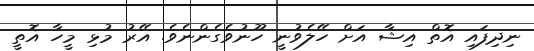
ނިދިފައި އޮތް އިޝާ އަށް ހޭލެވުނީ ހޫނުވެގެންނެވެ. އޭރު މުޅި މީހާ އޮތީ